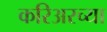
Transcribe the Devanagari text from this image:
करिअरच्या